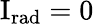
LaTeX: \mathrm{{I}}_{\mathrm{{rad}}}=0